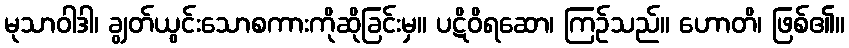
မုသာဝါဒါ၊ ချွတ်ယွင်းသောစကားကိုဆိုခြင်းမှ။ ပဋိဝိရဆော၊ ကြဉ်သည်။ ဟောတိ၊ ဖြစ်၏။